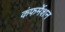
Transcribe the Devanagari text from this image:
कंफर्मेशन